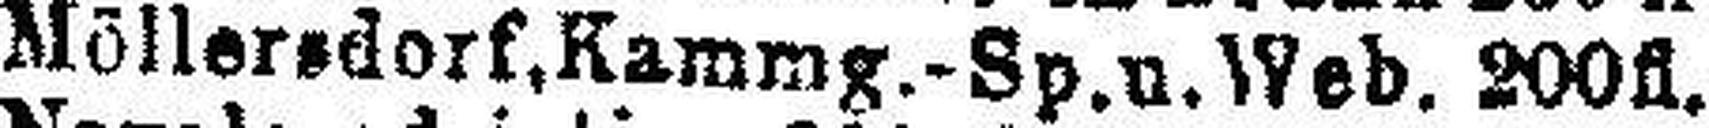
Möllersdorf, Kammg.-Sp.u. Web. 200fl.